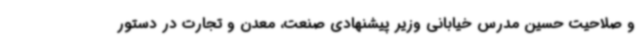
و صلاحیت حسین مدرس خیابانی وزیر پیشنهادی صنعت، معدن و تجارت در دستور